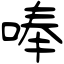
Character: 唪